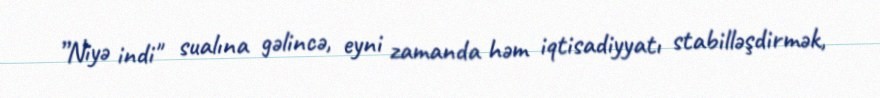
”Niyə indi" sualına gəlincə, eyni zamanda həm iqtisadiyyatı stabilləşdirmək,